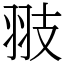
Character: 翄